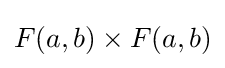
F(a,b)\times F(a,b)